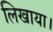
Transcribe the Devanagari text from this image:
लिखाया।